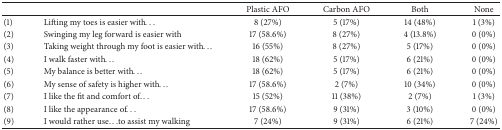
<table><thead><tr><td><b> </b></td><td><b> </b></td><td><b>Plastic AFO</b></td><td><b>Carbon AFO</b></td><td><b>Both </b></td><td><b>None</b></td></tr></thead><tbody><tr><td>(1)</td><td>Lifting my toes is easier with...</td><td>8 (27%)</td><td>5 (17%)</td><td>14 (48%)</td><td>1 (3%)</td></tr><tr><td>(2)</td><td>Swinging my leg forward is easier with</td><td>17 (58.6%)</td><td>8 (27%)</td><td>4 (13.8%)</td><td>0 (0%)</td></tr><tr><td>(3)</td><td>Taking weight through my foot is easier with...</td><td>16 (55%)</td><td>8 (27%)</td><td>5 (17%)</td><td>0 (0%)</td></tr><tr><td>(4)</td><td>I walk faster with...</td><td>18 (62%)</td><td>5 (17%)</td><td>6 (21%)</td><td>0 (0%)</td></tr><tr><td>(5)</td><td>My balance is better with...</td><td>18 (62%)</td><td>5 (17%)</td><td>6 (21%)</td><td>0 (0%)</td></tr><tr><td>(6)</td><td>My sense of safety is higher with...</td><td>17 (58.6%)</td><td>2 (7%)</td><td>10 (34%)</td><td>0 (0%)</td></tr><tr><td>(7)</td><td>I like the fit and comfort of...</td><td>15 (52%)</td><td>11 (38%)</td><td>2 (7%)</td><td>1 (3%)</td></tr><tr><td>(8)</td><td>I like the appearance of...</td><td>17 (58.6%)</td><td>9 (31%)</td><td>3 (10%)</td><td>0 (0%)</td></tr><tr><td>(9)</td><td>I would rather use...to assist my walking</td><td>7 (24%)</td><td>9 (31%)</td><td>6 (21%)</td><td>7 (24%)</td></tr></tbody></table>